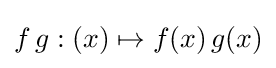
f\,g:(x)\mapsto f(x)\,g(x)